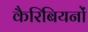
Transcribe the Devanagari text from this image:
कैरिबियनों